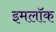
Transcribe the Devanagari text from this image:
इमलॉक